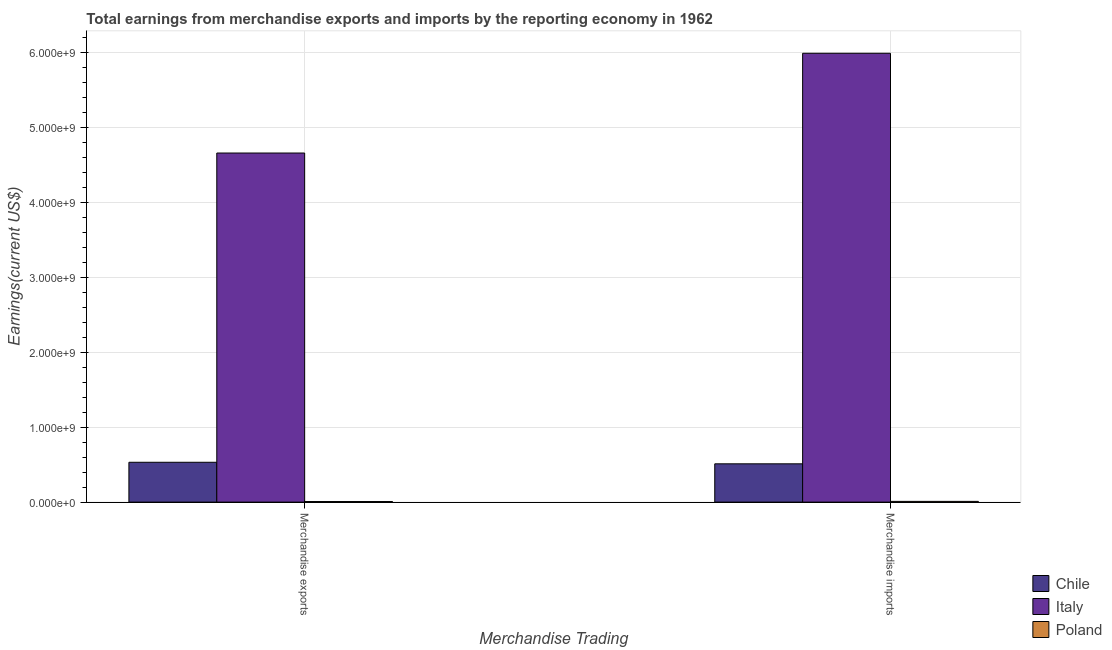
| Merchandise Trading | Chile | Italy | Poland |
 | --- | --- | --- | --- |
 | Merchandise exports | 5.32e+08 | 4.66e+09 | 7.8e+06 |
 | Merchandise imports | 5.11e+08 | 5.99e+09 | 9.9e+06 |